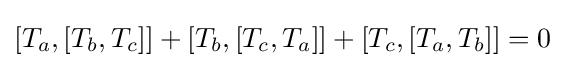
[T_{a},[T_{b},T_{c}]]+[T_{b},[T_{c},T_{a}]]+[T_{c},[T_{a},T_{b}]]=0